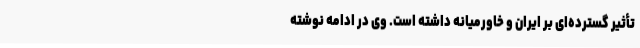
تأثیر گسترده‌ای بر ایران و خاورمیانه داشته است. وی در ادامه نوشته